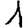
Digit: 1